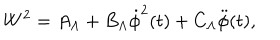
LaTeX: W ^ { 2 } = A _ { \Lambda } + B _ { \Lambda } \dot { \phi } ^ { 2 } ( t ) + C _ { \Lambda } \ddot { \phi } ( t ) ,